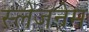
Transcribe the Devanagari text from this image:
स्लेंजनेम